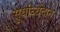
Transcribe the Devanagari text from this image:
सूर्यार्घ्यदान